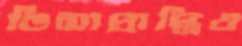
ভিসাপ্রাপ্তিও